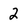
Character: 2